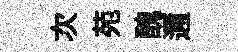
次苑醜邇